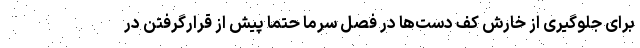
برای جلوگیری از خارش کف دست‌ها در فصل سرما حتما پیش از قرارگرفتن در